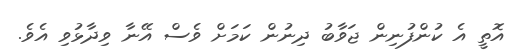
އޮތީ އެ ކުންފުނިން ޖަވާބު ދިނުން ކަމަށް ވެސް އޭނާ ވިދާޅުވި އެވެ.